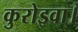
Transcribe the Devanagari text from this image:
कुरोइवा।